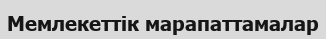
Мемлекеттік марапаттамалар